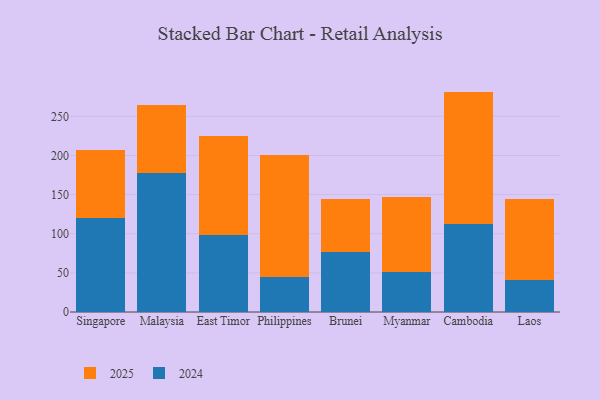
{"axis": {"x": "Country", "y": "Net Income (USD K)"}, "legend": ["2024", "2025"], "data": [{"x": "Singapore", "y": 86.9, "type": "2025"}, {"x": "Singapore", "y": 120.7, "type": "2024"}, {"x": "Malaysia", "y": 86.6, "type": "2025"}, {"x": "Malaysia", "y": 178.0, "type": "2024"}, {"x": "East Timor", "y": 126.1, "type": "2025"}, {"x": "East Timor", "y": 98.5, "type": "2024"}, {"x": "Philippines", "y": 155.5, "type": "2025"}, {"x": "Philippines", "y": 44.7, "type": "2024"}, {"x": "Brunei", "y": 67.5, "type": "2025"}, {"x": "Brunei", "y": 76.9, "type": "2024"}, {"x": "Myanmar", "y": 95.8, "type": "2025"}, {"x": "Myanmar", "y": 50.6, "type": "2024"}, {"x": "Cambodia", "y": 169.5, "type": "2025"}, {"x": "Cambodia", "y": 112.1, "type": "2024"}, {"x": "Laos", "y": 103.3, "type": "2025"}, {"x": "Laos", "y": 40.9, "type": "2024"}]}